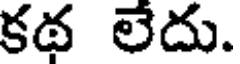
కథ లేదు.